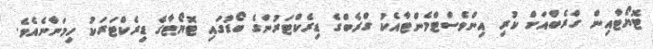
ޓޮޔޯޓާއިން ގްރެބްއަށް ކުރި އިންވެސްޓްމެންޓާއެކު ގްރެބްގެ ޑިރެކްޓަރުންގެ ބޯޑުގައި ޓޮޔޯޓާގެ ޑިރެކްޓަރަކު ހިމަނާނެއެވެ.